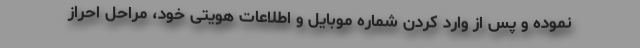
نموده و پس از وارد کردن شماره موبایل و اطلاعات هویتی خود، مراحل احراز